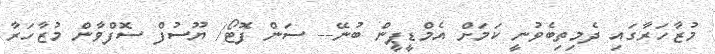
މުޒާހަރާގައި ދެމިތިބެވުނީ ކަމަށް އެމްޑީޕީން ބުނޭ-- ސަން ފޮޓޯ/ ޔޫސުފް ސޮފްވާން މުޒާހަރާ